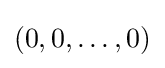
(0,0,\dots ,0)